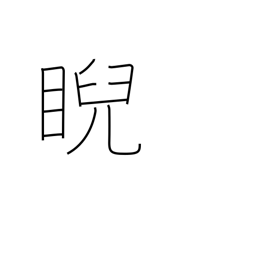
Meaning: scowl at